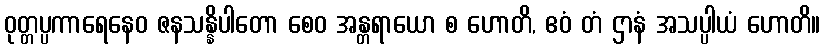
ဝုတ္တပ္ပကာရေနေဝ ဇနသန္နိပါတော စေဝ အန္တရာယော စ ဟောတိ, ဧဝံ တံ ဌာနံ အသပ္ပါယံ ဟောတိ။